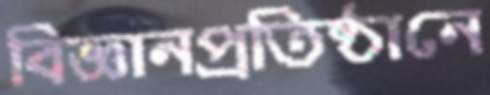
বিজ্ঞানপ্রতিষ্ঠানে